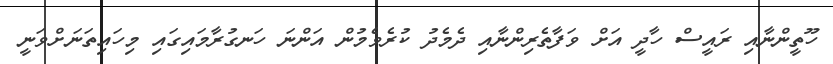
ހޫތީންނާއި ރައީސް ހާދީ އަށް ވަފާތެރިންނާއި ދެމެދު ކުރެވެމުން އަންނަ ހަނގުރާމައިގައި މިހައިތަނަށްވަނީ